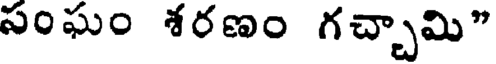
సంఘం శరణం గచ్చామి"